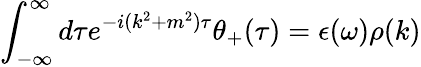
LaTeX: \int_{-\infty}^{\infty}d\tau e^{-i(k^{2}+m^{2})\tau}\theta_{+}(\tau)=\epsilon(\omega)\rho(k)